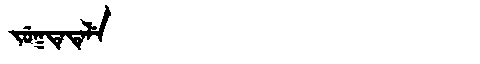
Manchu: ᠵᡠᡴᡨᡝᡨᡝᠯᡝ
Romanization: JUKTETELE